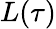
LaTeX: L(\tau)